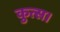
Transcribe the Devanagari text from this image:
कुत्स।